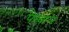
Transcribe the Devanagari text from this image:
पैरवाल्